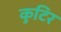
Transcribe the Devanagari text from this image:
कुटिर